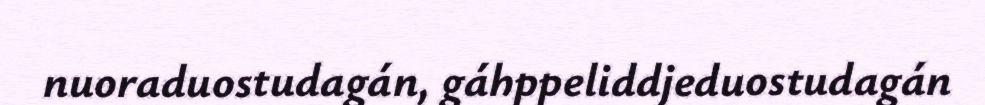
nuoraduostudagán, gáhppeliddjeduostudagán